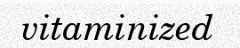
vitaminized